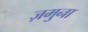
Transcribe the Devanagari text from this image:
ज़मुना